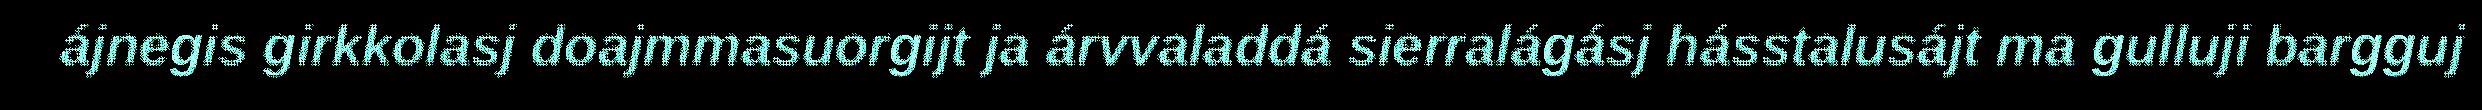
ájnegis girkkolasj doajmmasuorgijt ja árvvaladdá sierralágásj hásstalusájt ma gulluji bargguj